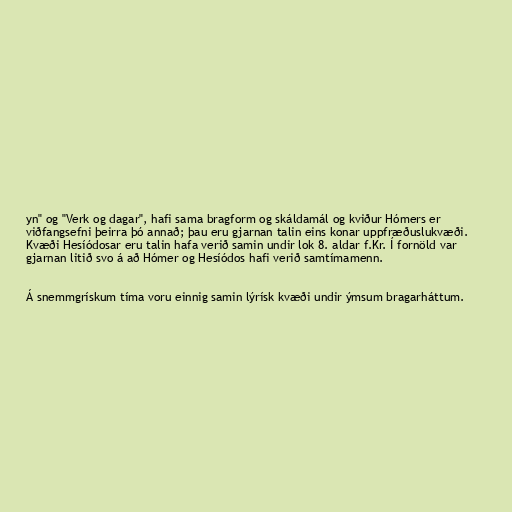
yn" og "Verk og dagar", hafi sama bragform og skáldamál og kviður Hómers er
viðfangsefni þeirra þó annað; þau eru gjarnan talin eins konar uppfræðuslukvæði.
Kvæði Hesíódosar eru talin hafa verið samin undir lok 8. aldar f.Kr. Í fornöld var
gjarnan litið svo á að Hómer og Hesíódos hafi verið samtímamenn.

Á snemmgrískum tíma voru einnig samin lýrísk kvæði undir ýmsum bragarháttum.